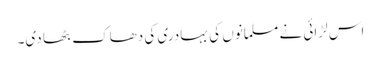
اس لڑائی نے مسلمانوں کی بہادری کی دھاک بٹھا دی۔